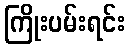
ကြိုးပမ်းရင်း